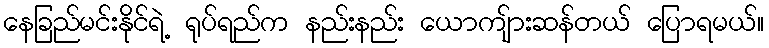
နေခြည်မင်းနိုင်ရဲ့ ရုပ်ရည်က နည်းနည်း ယောကျ်ားဆန်တယ် ပြောရမယ်။